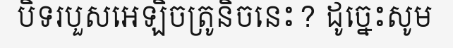
បិទរបួសអេឡិចត្រូនិចនេះ? ដូច្នេះសូម